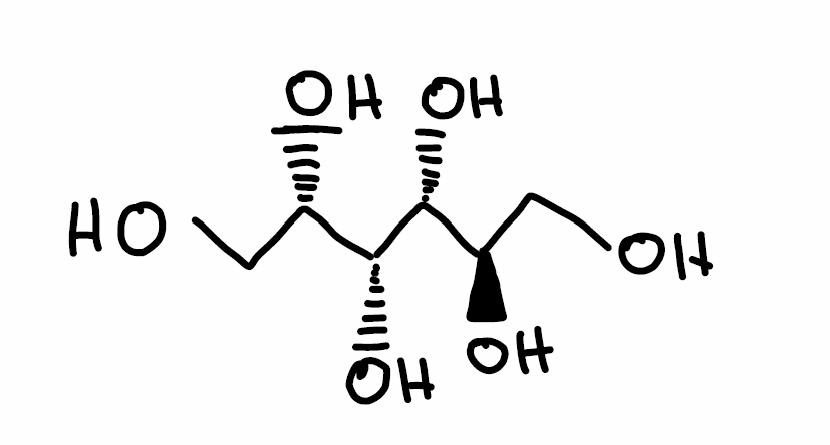
Simplified molecular-input line-entry system (SMILES) notation of the given molecule:
C([C@H]([C@H]([C@@H]([C@H](CO)O)O)O)O)O